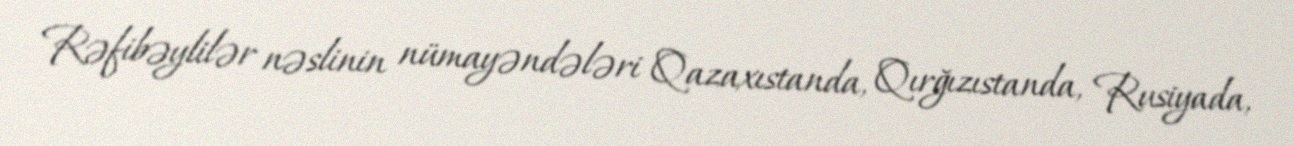
Rəfibəylilər nəslinin nümayəndələri Qazaxıstanda, Qırğızıstanda, Rusiyada,